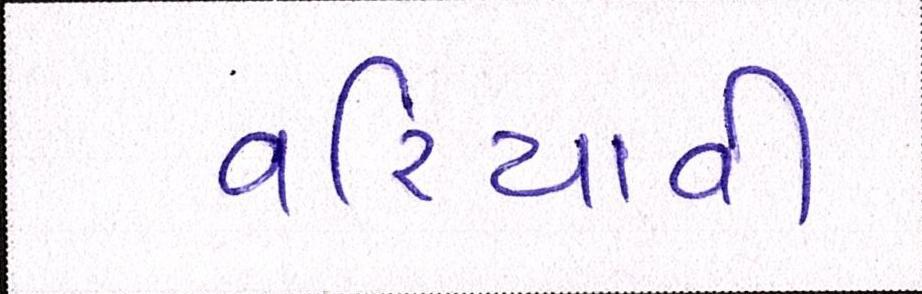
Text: વરિયાવી